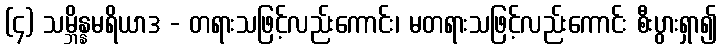
(၄) သမ္ဘိန္နမရိယာဒ - တရားသဖြင့်လည်းကောင်း၊ မတရားသဖြင့်လည်းကောင်း စီးပွားရှာ၍